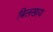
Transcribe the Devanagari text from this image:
बिलखाय